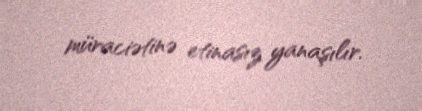
müraciətinə etinasız yanaşılır.